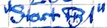
Text: "Start FB1"